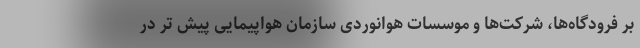
بر فرودگاه‌ها، شرکت‌ها و موسسات هوانوردی سازمان هواپیمایی پیش تر در